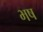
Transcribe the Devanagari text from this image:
भष